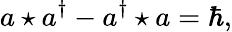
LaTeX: a\star a^{\dagger}-a^{\dagger}\star a=\hbar,